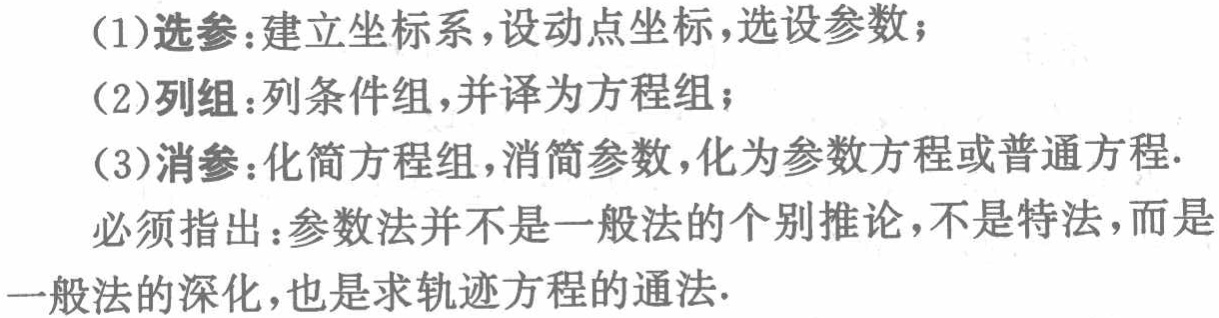
(1)选参：建立坐标系，设动点坐标，选设参数；

(2)列组：列条件组，并译为方程组；

(3)消参：化简方程组，消简参数，化为参数方程或普通方程.

必须指出：参数法并不是一般法的个别推论，不是特法，而是一般法的深化，也是求轨迹方程的通法.